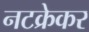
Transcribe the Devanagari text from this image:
नटक्रेकर